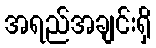
အရည်အချင်းရှိ